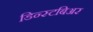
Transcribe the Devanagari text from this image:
डिन्स्टबिअर